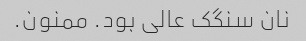
نان سنگک عالی بود. ممنون.